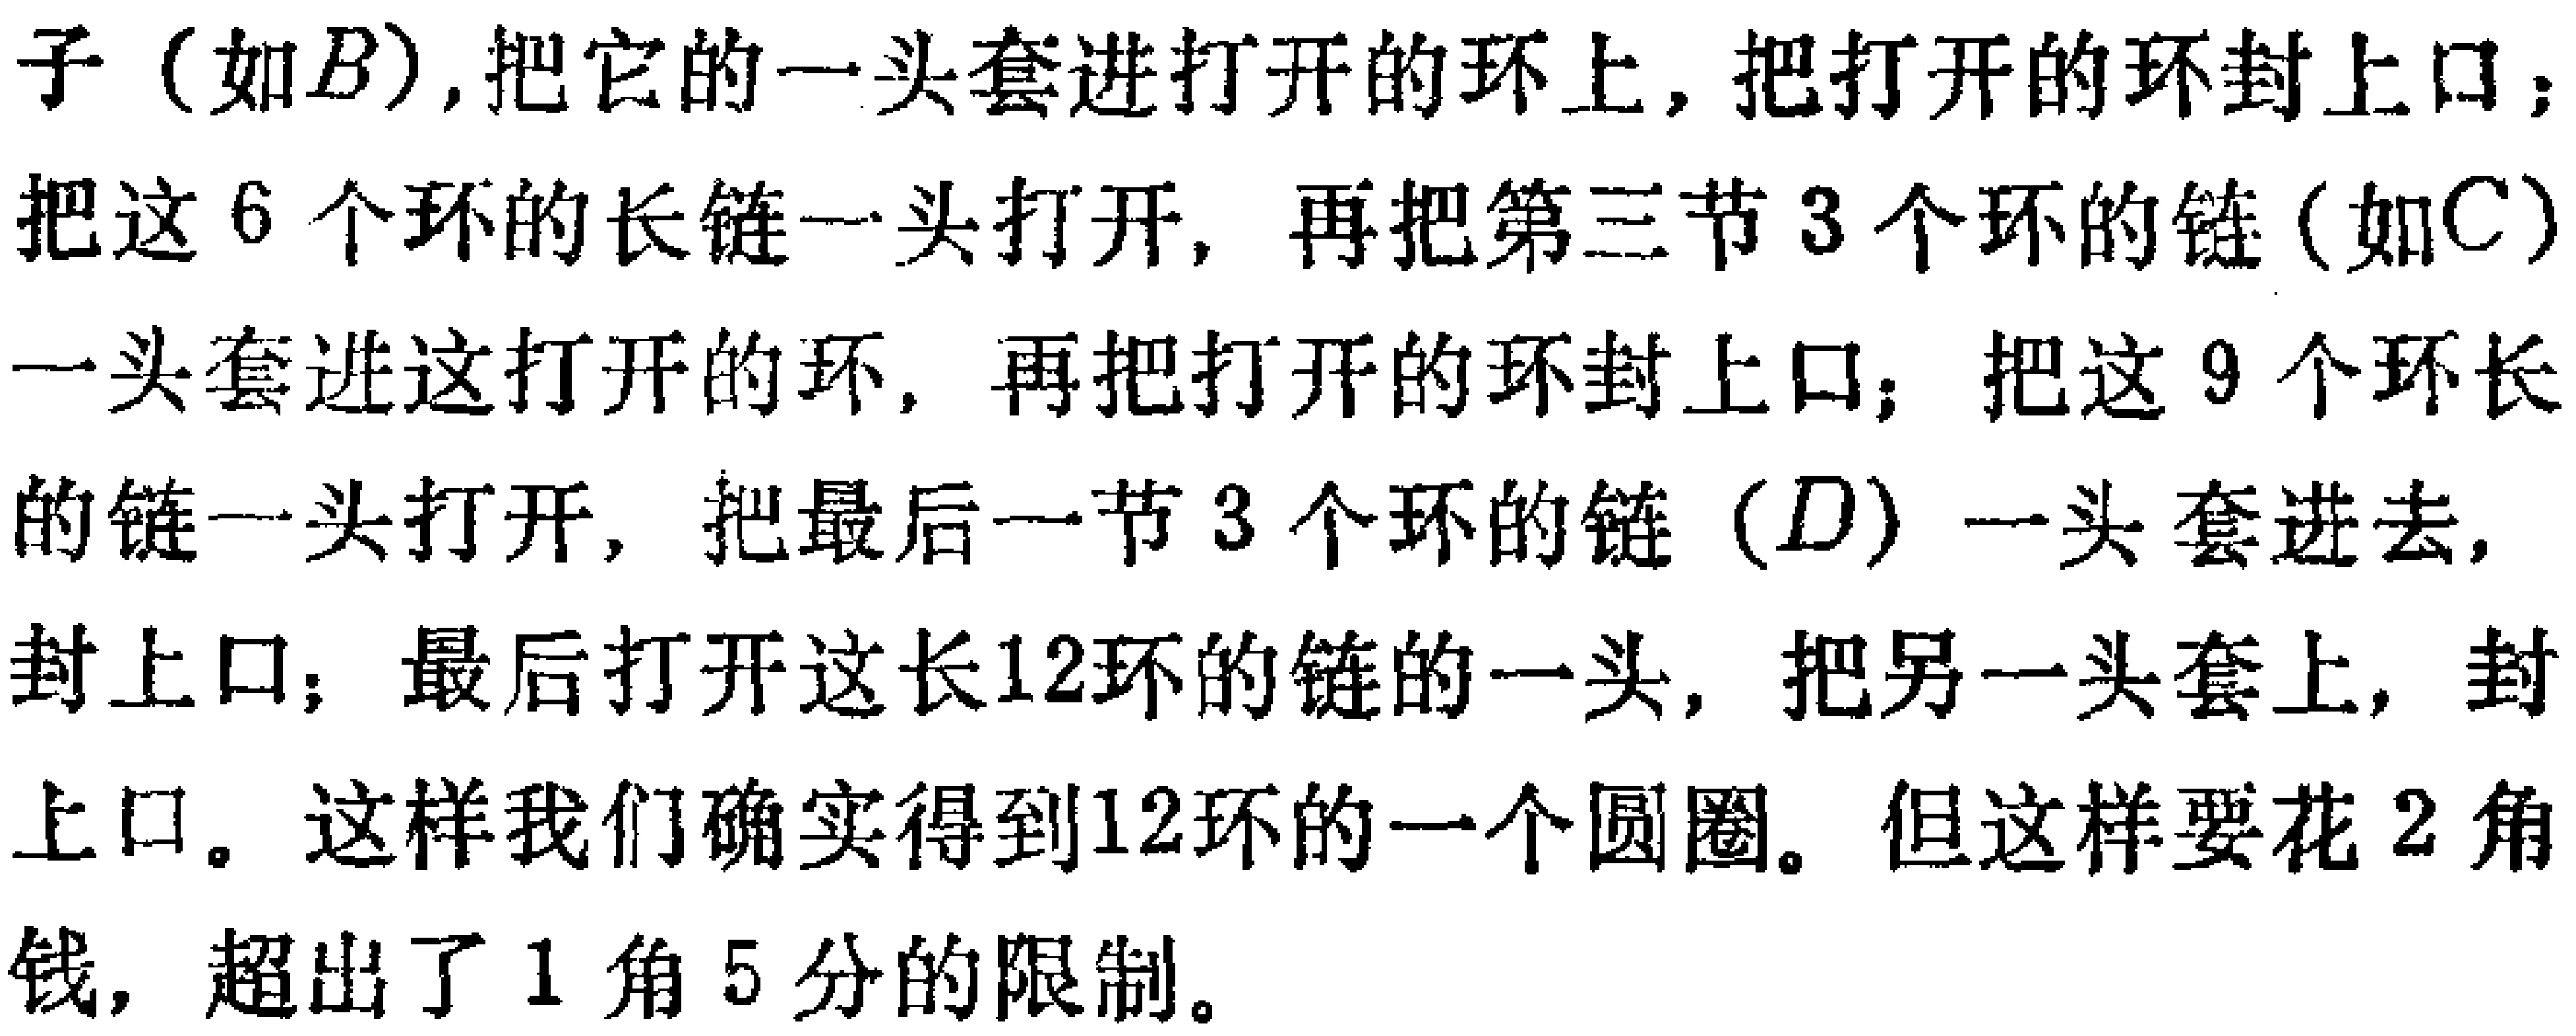
子（如\(B\)）,把它的一头套进打开的环上,把打开的环封上口；把这\(6\)个环的长链一头打开, 再把第三节\(3\)个环的链（如\(C\)）一头套进这打开的环, 再把打开的环封上口；把这\(9\)个环长的链一头打开, 把最后一节\(3\)个环的链（\(D\)）一头套进去,封上口；最后打开这长\(12\)环的链的一头, 把另一头套上, 封上口。这样我们确实得到\(12\)环的一个圆圈。但这样要花\(2\)角钱, 超出了\(1\)角\(5\)分的限制。